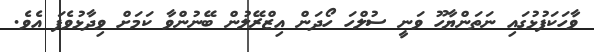
ވާހަކަފުޅުގައި ނަތަންޔާހޫ ވަނީ ސުލްހަ ހޯދަން އިޒްރޭލުން ބޭނުންވާ ކަމަށް ވިދާޅުވެފަ އެވެ.